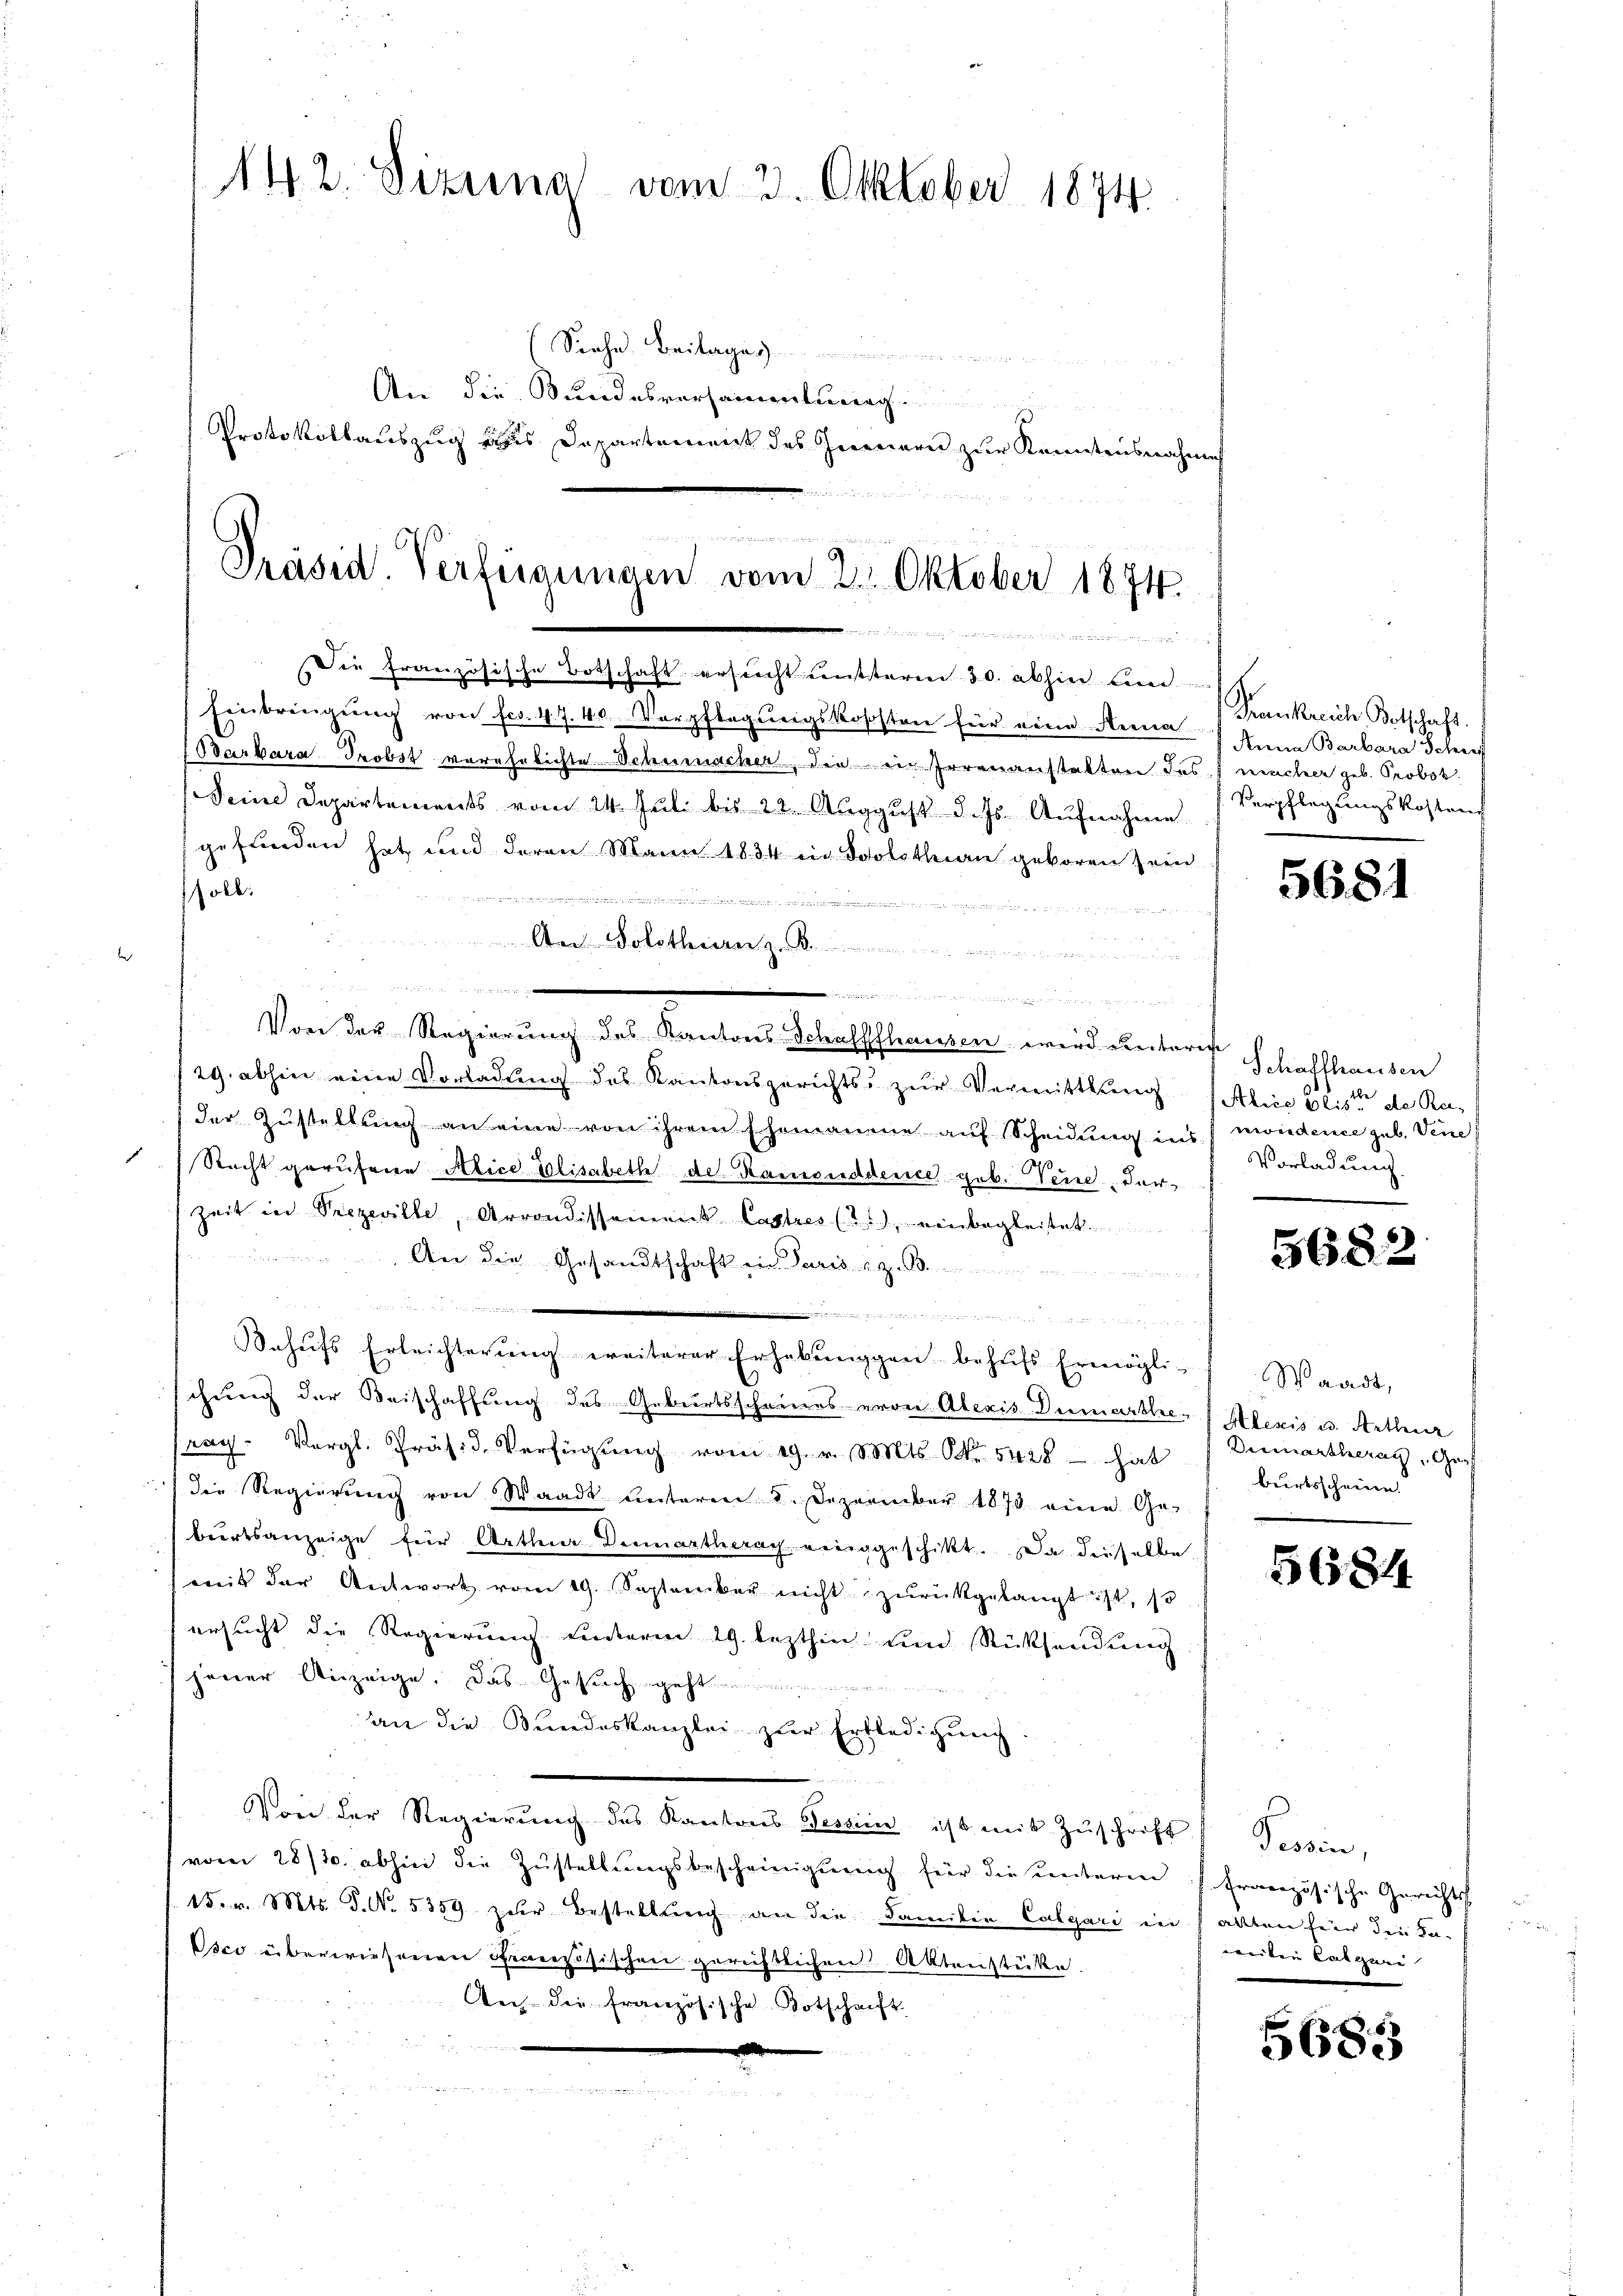
142. Dizuna vom 3. Oktober 1874

(Siehe Beiberger
An die Stundesversammlung
Protokollauszug aus Departement des Innern zur Konntensnahme

Präsid. Verfügungen vom 2. Oktober 1874
M in die

Die französische Botschaft ersucht entsterm 30. abhin beid

Einbringŭng von fr. 47. 40. Verpflegŭngskososten für eine Anna Anna Barbara Schif
 Obarbara Probst verehrlichte Schumacher, die in Irrenanstalten des
Seine Departements vom 24. Juli bis 22. August d. Js. Aufnahme
gefunden hat, und deren Mann 1834 in Scholothan geboren sein
soll.

u
Aen Solothurn ......................
u

Von der Regierung des Kantons Schaffhausen wird unteres
29. abhin eine Vorladung des Kantonsgerichts zur Vermittlung (Abiie Elise de Reder Zustellung an eine von ihrem Ehemanene auf Scheidung ins
Recht gerufene Alice Elisabeth der Ramonddence geb. Nein, der¬
Zeit in Seezeville, Arrondissement Castres (2.), einbegleitet.

An die Gesandtschaft ein Paris z. B.
  , in wie in einmal u. s g meine mir an
Behufs Erleichterung ereiterer Erhebunggen behufs Ermöglischung der Beischaffung des Geburtsscheines errei Alexis Demarkte Alexis u. Arthur
rag. Vergl. Präs. 3. Verfügŭng vom 19. v. Mts. No. 5428 hat 1 Dumartheray, Ge-
 die Regierung von Waadt unteren 8. Dezember 1873 eine Ge-
biertsanzeige für Artheie Demartherach weniggeschikt. Da dieselbe
mit der Antwort vom 19. September nicht zŭrückgelangt ist, so
ersucht die Regierung unterm 29. lezthin und Rücksendung
jener Anzeige. Das Gesuch geht
an die Bundeskanzlei zur Erbledigung
Von der Regierŭng des Kantons Tessin ist mit Zŭschrift, Tessin,
vom 28/10. abhin die Zustellungsbescheinigung für die unterm französische Gerichts-
15. v. Mts. S. No. 5359 zur Bestellung an die Familie Calgari in allen für die Fa¬
Osco überwiesenen Französischen gerichtlichen Aktenstücke.
An die französische Botschrift
.

Frankreich Botschaft.
vencher geb. Probst
. Verpflegungskostenz

5681

Schaffhausen
nevidence sub. Vene
Vorladung.

5682

Waadt,
burtsscheine

5684

weiten Calgari

56855